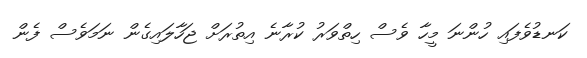
ކަނޑުވެފައި ހުންނަ މީހާ ވެސް ހިތްވަރު ކުރާނެ އިތުރަށް ޖަހާލައިގެން ނަމަވެސް ފެން